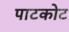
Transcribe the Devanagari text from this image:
पाटकोट